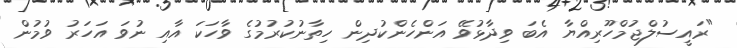
"ރައީސުލްޖުމްހޫރިއްޔާ އެބަ ވިދާޅުވޭ އަންހެންކުދިން ހިތާނުކުރުމުގެ ވާހަކަ އާއި ނުވަ އަހަރު ވުމުން